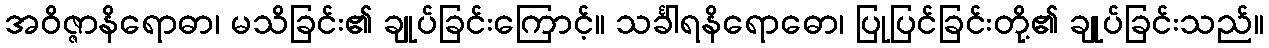
အဝိဇ္ဇာနိရောဓာ၊ မသိခြင်း၏ ချုပ်ခြင်းကြောင့်။ သင်္ခါရနိရောဓော၊ ပြုပြင်ခြင်းတို့၏ ချုပ်ခြင်းသည်။